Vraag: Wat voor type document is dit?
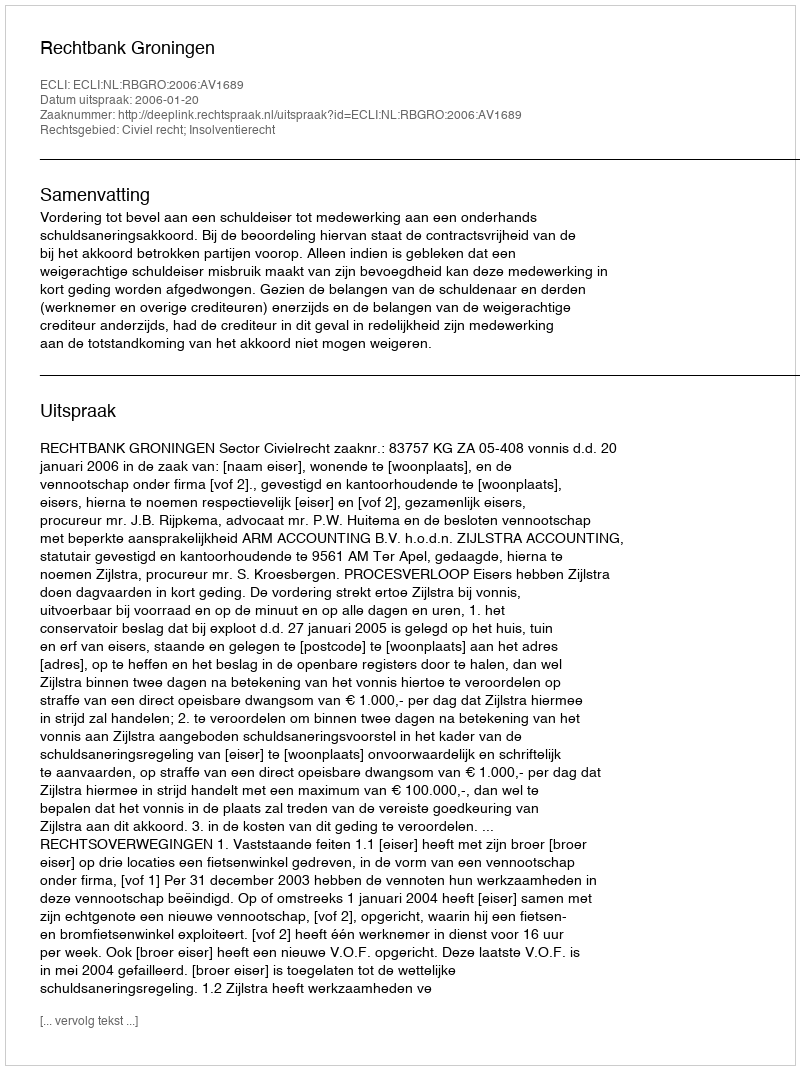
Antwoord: Uitspraak